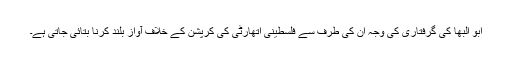
ابو البھا کی گرفتاری کی وجہ ان کی طرف سے فلسطینی اتھارٹی کی کرپشن کے خلاف آواز بلند کرنا بتائی جاتی ہے۔